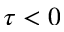
\tau < 0